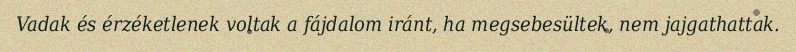
Vadak és érzéketlenek voltak a fájdalom iránt, ha megsebesültek, nem jajgathattak.